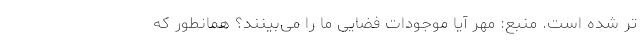
تر شده است. منبع: مهر آیا موجودات فضایی ما را می‌بینند؟ همانطور که